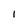
Character: 1